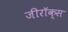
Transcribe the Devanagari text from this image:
जीराॅक्स